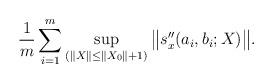
LaTeX: \begin{align*} \frac{1}{m}\sum_{i=1}^m\sup_{(\|X\|\leq\|X_0\|+1)}\big\|s_x^{\prime\prime}(a_i,b_i;X)\big\|.\end{align*}